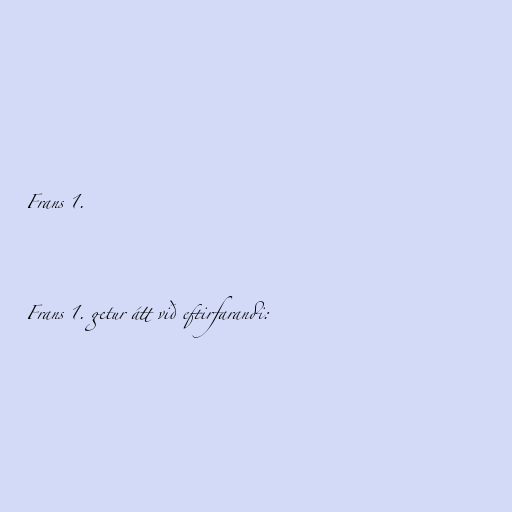
Frans 1.

Frans 1. getur átt við eftirfarandi: